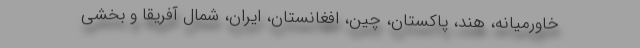
خاورمیانه، هند، پاکستان، چین، افغانستان، ایران، شمال آفریقا و بخشی